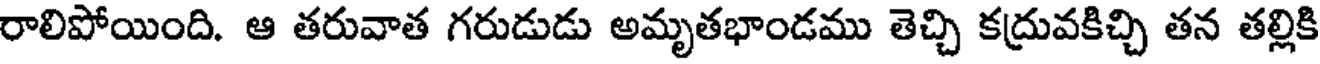
రాలిపోయింది. ఆ తరువాత గరుడుడు అమృతభాండము తెచ్చి కద్రువకిచ్చి తన తల్లికి